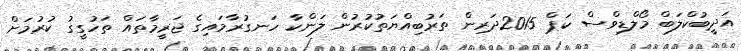
އަދީބުކްލަބް މޯލްޑިވްސް ކަޕް 2015ދަރިން ތަރުބިއްޔަތުކުރުން ލަންކާ ހަނގުރާމައިގެ ޖަރީމާތައް ތަހުގީގު ކުރުމަށް